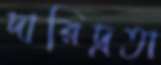
দারিদ্রতা